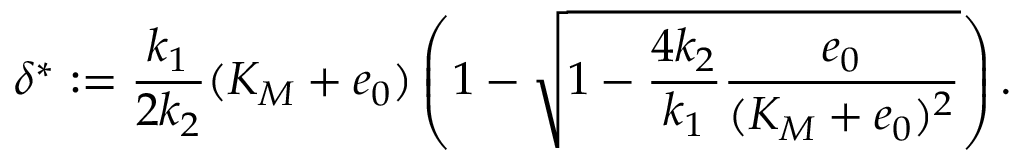
\delta ^ { * } : = \frac { k _ { 1 } } { 2 k _ { 2 } } ( K _ { M } + e _ { 0 } ) \left( 1 - \sqrt { 1 - \frac { 4 k _ { 2 } } { k _ { 1 } } \frac { e _ { 0 } } { ( K _ { M } + e _ { 0 } ) ^ { 2 } } } \right) .